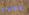
تقتربوا